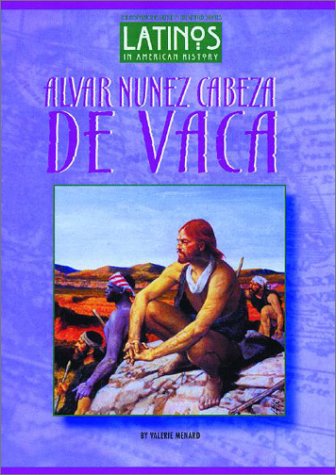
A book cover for Alvar Nunez Cabeza de Vaca (Latinos in American History); Valerie Menard; Biographies & Memoirs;